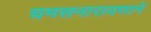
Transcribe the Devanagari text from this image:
चमसनारायणानें